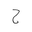
Letter: _ha